Report on the bubonic plague in Bombay, 1896-1897
Year: 1896
Disease focus: Plague
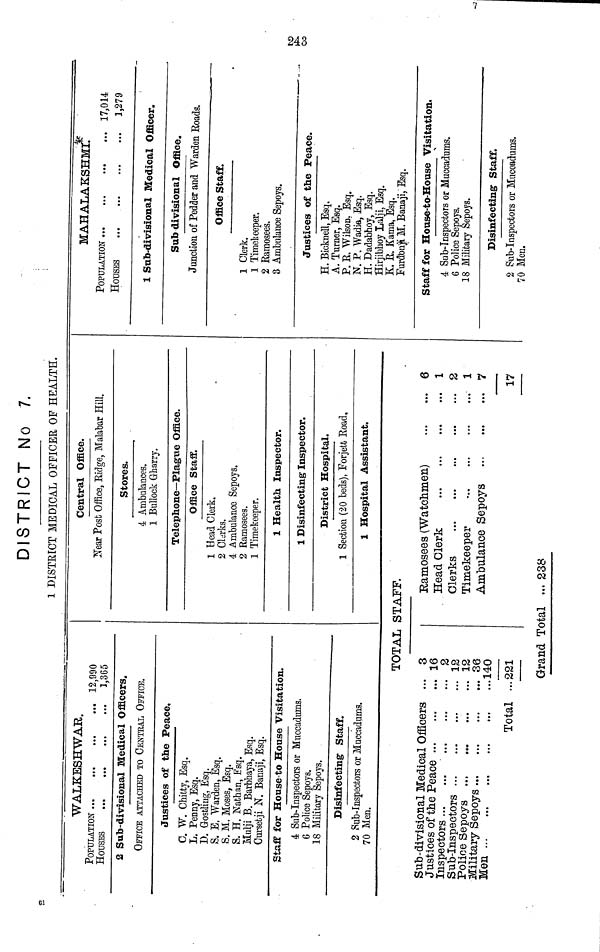
DISTRICT No 7.
1 DISTRICT MEDICAL OFFICER OF HEALTH.
WALKESHWAR.
POPULATION
HOUSES
•••
•••
•••
•••
•••
•••
•••
•••
12,990
1,365
2 Sub-divisional Medical Officers.
OFFICE ATTACHED TO CENTRAL OFFICE.
Justices of the Peace,
C. W. Chitty, Esq.
L. Penny, Esq.
D. Gostling, Esq.
S. E. Warden, Esq.
S. M. Moses, Esq.
S. H. Nathan, Esq.
Mulji B. Barbhaya, Esq.
Cursetji N. Banaji, Esq.
Staff for House-to House Visitation.
4 Sub-Inspectors or Muccadums.
6 Police Sepoys.
18 Military Sepoys.
Disinfecting Staff.
2 Sub-Inspectors or Muccadums.
70 Men.
Central Office.
Near Post Office, Ridge, Malabar Hill.
Stores.
4 Ambulances.
1 Bullock Gharry.
Telephone—Plague Office.
Office Staff.
1 Head Clerk.
2 Clerks.
4 Ambulance Sepoys.
2 Ramosees.
1 Timekeeper.
1 Health Inspector.
1 Disinfecting Inspector.
District Hospital.
1 Section (20 beds), Forjett Road,
1 Hospital Assistant.
TOTAL STAFF.
Sub-divisional Medical Officers •••
Justices of the Peace
Inspectors
•••
Sub-Inspectors
Police Sepoys
Military Sepoys
Men •••
•••
•••
•••
•••
•••
•••
...•••
•••
•••
•••
•••
•••
•••
•••
•••
•••
•••
•••
Total
•••
•••
•••
•••
•••
•••
...
3
16
2
12
12
36
140
221
Ramosees (Watchmen)
Head Clerk
Clerks
•••
Timekeeper
•••
•••
•••
Ambulance Sepoys
•••
•••
•••
•••
•••
•••
•••
•••
•••.
•••
•••
•••
•••
•••
6
1
2
1
7
17
MAHALAKSHMI.
POPULATION
HOUSES
•••
•••
•••
•••
•••
•••
•••
•••
17,014
1,279
1 Sub-divisional Medical Officer.
Sab divisional Office.
Jonction of Pedder and Warden Roads.
Office Staff.
1 Clerk.
1 Timekeeper.
2 Ramosees.
8 Ambulance Sepoys.
Justices of the Peace.
H. Bicknell, Esq.
A. Turner, Esq.
P. R. Wilson, Esq.
N. P. Wadis, Esq.
H. Dadabhoy, Esq.
Hirjibhoy Lalji, Esq.
K. R. Kama, Esq.
Furdonji M. Banaji, Esq.
Staff for House-to-House Visitation.
4 Sub-Inspectors or Muccadums.
6 Police Sepoys.
18 Military Sepoys.
Disinfecting Staff.
2 Sub-Inspectors or Mucoadums.
70 Men.
Grand Total ... 238